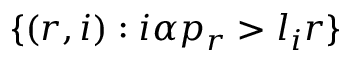
\{ ( r , i ) : i \alpha p _ { r } > l _ { i } r \}